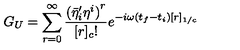
G _ { U } = \sum _ { r = 0 } ^ { \infty } \frac { { ( { { \bar { \eta } } ^ { \prime } } _ { i } { \eta } ^ { i } ) } ^ { r } } { [ r ] _ { c } ! } e ^ { - i \omega ( t _ { f } - t _ { i } ) [ r ] _ { 1 / c } }